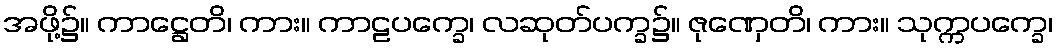
အဖို့၌။ ကာဋ္ဌေတိ၊ ကား။ ကာဠပက္ခေ၊ လဆုတ်ပက္ခ၌။ ဇုဏှေတိ၊ ကား။ သုက္ကပက္ခေ၊